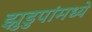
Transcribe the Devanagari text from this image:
झुडुपांमध्ये